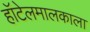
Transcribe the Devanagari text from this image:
हॉटेलमालकाला